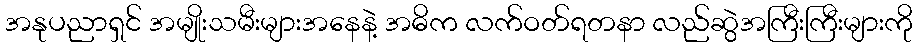
အနုပညာရှင် အမျိုးသမီးများအနေနဲ့ အဓိက လက်ဝတ်ရတနာ လည်ဆွဲအကြီးကြီးများကို